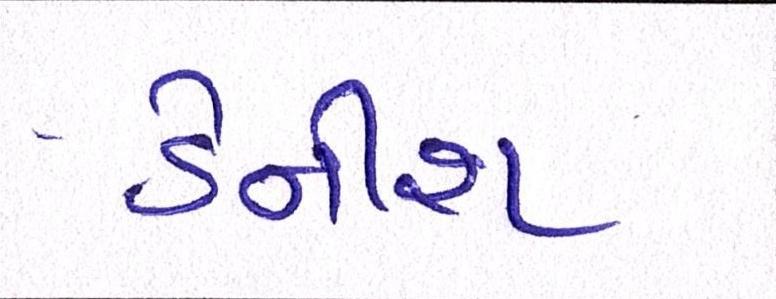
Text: ડેનીશ